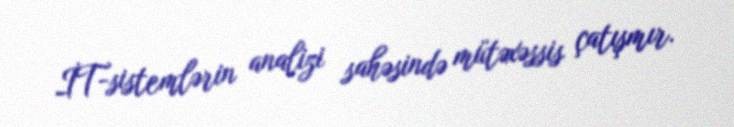
İT-sistemlərin analizi sahəsində mütəxəssis çatışmır.